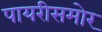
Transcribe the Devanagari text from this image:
पायरीसमोर